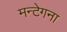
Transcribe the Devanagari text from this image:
मन्टेगना